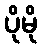
ပိုမို